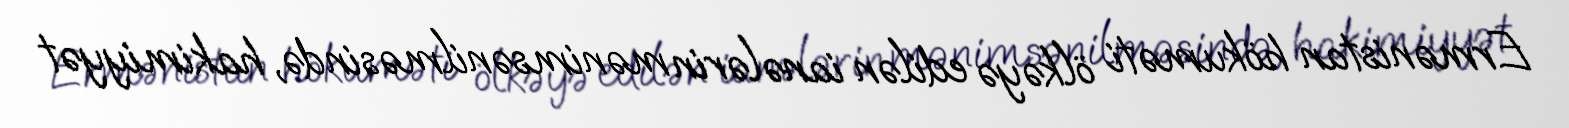
Ermənistan hökuməti ölkəyə edilən ianələrin mənimsənilməsində, hakimiyyət